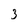
Character: 3